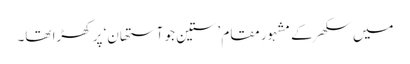
میں سکھر کے مشہور مقام ’ستین جو آستھان‘ پر کھڑا تھا۔